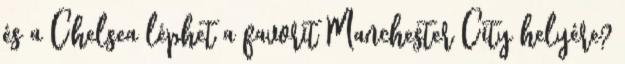
és a Chelsea léphet a favorit Manchester City helyére?